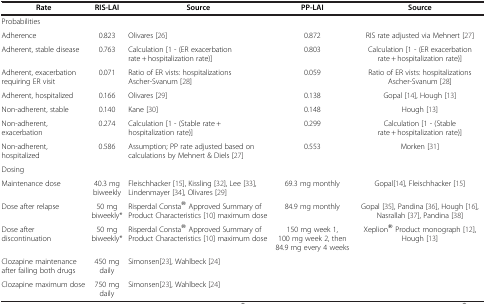
<table><thead><tr><td><b>Rate</b></td><td><b>RIS-LAI</b></td><td><b>Source</b></td><td><b>PP-LAI</b></td><td><b>Source</b></td></tr></thead><tbody><tr><td colspan="5">Probabilities</td></tr><tr><td>Adherence</td><td>0.823</td><td>Olivares [26]</td><td>0.872</td><td>RIS rate adjusted via Mehnert [27]</td></tr><tr><td>Adherent, stable disease</td><td>0.763</td><td>Calculation [1 - (ER exacerbation rate + hospitalization rate)]</td><td>0.803</td><td>Calculation [1 - (ER exacerbation rate + hospitalization rate)]</td></tr><tr><td>Adherent, exacerbation requiring ER visit</td><td>0.071</td><td>Ratio of ER vists: hospitalizations Ascher-Svanum [28]</td><td>0.059</td><td>Ratio of ER vists: hospitalizations Ascher-Svanum [28]</td></tr><tr><td>Adherent, hospitalized</td><td>0.166</td><td>Olivares [29]</td><td>0.138</td><td>Gopal [14], Hough [13]</td></tr><tr><td>Non-adherent, stable</td><td>0.140</td><td>Kane [30]</td><td>0.148</td><td>Hough [13]</td></tr><tr><td>Non-adherent, exacerbation</td><td>0.274</td><td>Calculation [1 - (Stable rate + hospitalization rate)]</td><td>0.299</td><td>Calculation [1 - (Stable rate + hospitalization rate)]</td></tr><tr><td>Non-adherent, hospitalized</td><td>0.586</td><td>Assumption; PP rate adjusted based on calculations by Mehnert &amp; Diels [27]</td><td>0.553</td><td>Morken [31]</td></tr><tr><td colspan="5">Dosing</td></tr><tr><td>Maintenance dose</td><td>40.3 mg biweekly</td><td>Fleischhacker [15], Kissling [32], Lee [33], Lindenmayer [34], Olivares [29]</td><td>69.3 mg monthly</td><td>Gopal[14], Fleischhacker [15]</td></tr><tr><td>Dose after relapse</td><td>50 mg biweekly*</td><td>Risperdal Consta® Approved Summary of Product Characteristics [10] maximum dose</td><td>84.9 mg monthly</td><td>Gopal [35], Pandina [36], Hough [16], Nasrallah [37], Pandina [38]</td></tr><tr><td>Dose after discontinuation</td><td>50 mg biweekly*</td><td>Risperdal Consta® Approved Summary of Product Characteristics [10] maximum dose</td><td>150 mg week 1, 100 mg week 2, then 84.9 mg every 4 weeks</td><td>Xeplion® Product monograph [12], Hough [13]</td></tr><tr><td>Clozapine maintenance after failing both drugs</td><td>450 mg daily</td><td>Simonsen[23], Wahlbeck [24]</td><td> </td><td> </td></tr><tr><td>Clozapine maximum dose</td><td>750 mg daily</td><td>Simonsen[23], Wahlbeck [24]</td><td> </td><td> </td></tr></tbody></table>